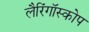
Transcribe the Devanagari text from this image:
लैरिंगॉस्कोप